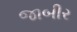
જાબીર